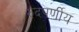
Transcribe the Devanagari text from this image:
रुंदपर्णीय